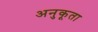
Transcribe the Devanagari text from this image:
अनुकूता